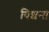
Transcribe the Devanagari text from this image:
बिशना